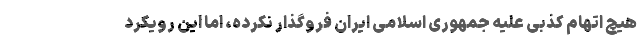
هیچ اتهام کذبی علیه جمهوری اسلامی ایران فروگذار نکرده، اما این رویکرد